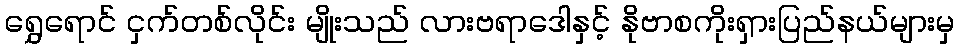
ရွှေရောင် ငှက်တစ်လိုင်း မျိုးသည် လားဗရာဒေါနှင့် နိုဗာစကိုးရှားပြည်နယ်များမှ